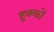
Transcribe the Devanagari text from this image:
हुक्कों